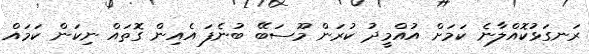
ރަނގަޅުކޮއްލާނެ ކަމަށް އުއްމީދު ކުރަން މޫސަބޭ ބުނެފަ އެއިން ގޮތައް ނިކަން ކަމައް